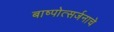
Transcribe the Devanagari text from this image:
बाष्पोत्सर्जनाचे